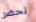
تحضر